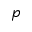
p